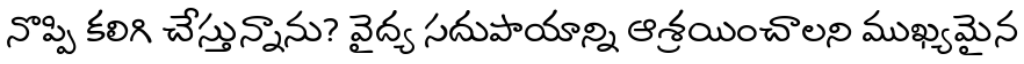
నొప్పి కలిగి చేస్తున్నాను? వైద్య సదుపాయాన్ని ఆశ్రయించాలని ముఖ్యమైన